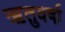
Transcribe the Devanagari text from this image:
ऋतुवर्षा